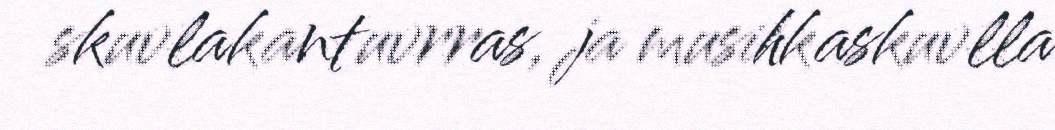
skuvlakantuvrras, ja musihkaskuvlla